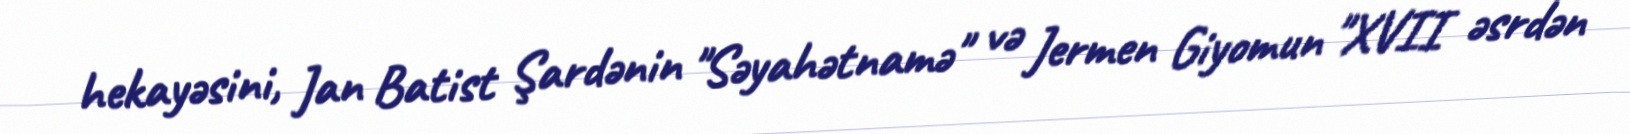
hekayəsini, Jan Batist Şardənin "Səyahətnamə" və Jermen Giyomun "XVII əsrdən